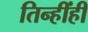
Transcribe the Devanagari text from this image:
तिन्हींही